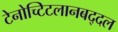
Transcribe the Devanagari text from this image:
टेनोच्टिटलानबद्दल